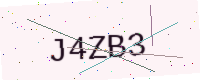
Text: J4ZB3